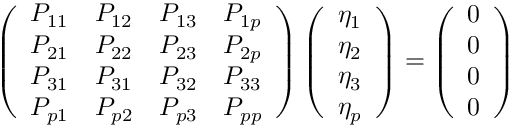
\left( \begin{array} { l l l l } { P _ { 1 1 } } & { P _ { 1 2 } } & { P _ { 1 3 } } & { P _ { 1 p } } \\ { P _ { 2 1 } } & { P _ { 2 2 } } & { P _ { 2 3 } } & { P _ { 2 p } } \\ { P _ { 3 1 } } & { P _ { 3 1 } } & { P _ { 3 2 } } & { P _ { 3 3 } } \\ { P _ { p 1 } } & { P _ { p 2 } } & { P _ { p 3 } } & { P _ { p p } } \end{array} \right) \left( \begin{array} { l } { \eta _ { 1 } } \\ { \eta _ { 2 } } \\ { \eta _ { 3 } } \\ { \eta _ { p } } \end{array} \right) = \left( \begin{array} { l } { 0 } \\ { 0 } \\ { 0 } \\ { 0 } \end{array} \right)